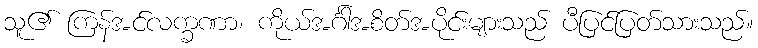
သူ၏ ကြန်အင်လက္ခဏာ၊ ကိုယ်အင်္ဂါအစိတ်အပိုင်းများသည် ပီပြင်ပြတ်သားသည်။